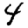
Digit: 4